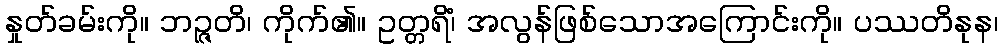
နှုတ်ခမ်းကို။ ဘဉ္ဇတိ၊ ကိုက်၏။ ဥတ္တရိံ၊ အလွန်ဖြစ်သောအကြောင်းကို။ ပဿတိနုန၊